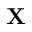
\mathbf { X }